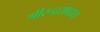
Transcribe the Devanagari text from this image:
श्रीरूद्रसंप्रदाय